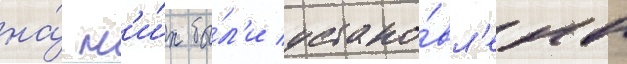
на́ н'и́х бы́л'и устано́вл'ены